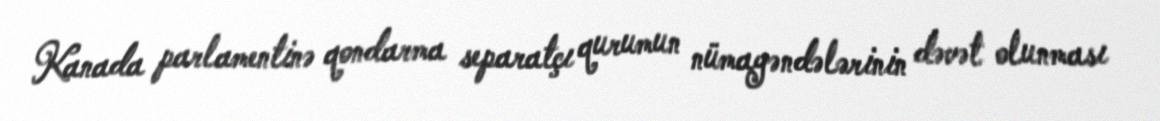
Kanada parlamentinə qondarma separatçı qurumun nümayəndələrinin dəvət olunması